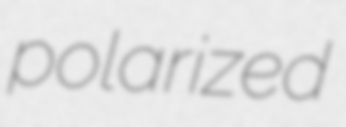
polarized